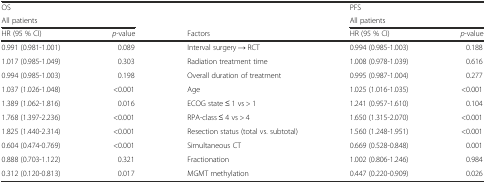
<table><thead><tr><td><b>OS</b></td><td></td><td></td><td><b>PFS</b></td><td></td></tr><tr><td colspan="2"><b>All patients</b></td><td></td><td colspan="2"><b>All patients</b></td></tr><tr><td><b>HR (95 % CI)</b></td><td><b><i>p</i>-value</b></td><td><b>Factors</b></td><td><b>HR (95 % CI)</b></td><td><b><i>p</i>-value</b></td></tr></thead><tbody><tr><td>0.991 (0.981-1.001)</td><td>0.089</td><td>Interval surgery → RCT</td><td>0.994 (0.985-1.003)</td><td>0.188</td></tr><tr><td>1.017 (0.985-1.049)</td><td>0.303</td><td>Radiation treatment time</td><td>1.008 (0.978-1.039)</td><td>0.616</td></tr><tr><td>0.994 (0.985-1.003)</td><td>0.198</td><td>Overall duration of treatment</td><td>0.995 (0.987-1.004)</td><td>0.277</td></tr><tr><td>1.037 (1.026-1.048)</td><td>&lt;0.001</td><td>Age</td><td>1.025 (1.016-1.035)</td><td>&lt;0.001</td></tr><tr><td>1.389 (1.062-1.816)</td><td>0.016</td><td>ECOG state ≤ 1 vs &gt; 1</td><td>1.241 (0.957-1.610)</td><td>0.104</td></tr><tr><td>1.768 (1.397-2.236)</td><td>&lt;0.001</td><td>RPA-class ≤ 4 vs &gt; 4</td><td>1.650 (1.315-2.070)</td><td>&lt;0.001</td></tr><tr><td>1.825 (1.440-2.314)</td><td>&lt;0.001</td><td>Resection status (total vs. subtotal)</td><td>1.560 (1.248-1.951)</td><td>&lt;0.001</td></tr><tr><td>0.604 (0.474-0.769)</td><td>&lt;0.001</td><td>Simultaneous CT</td><td>0.669 (0.528-0.848)</td><td>0.001</td></tr><tr><td>0.888 (0.703-1.122)</td><td>0.321</td><td>Fractionation</td><td>1.002 (0.806-1.246)</td><td>0.984</td></tr><tr><td>0.312 (0.120-0.813)</td><td>0.017</td><td>MGMT methylation</td><td>0.447 (0.220-0.909)</td><td>0.026</td></tr></tbody></table>